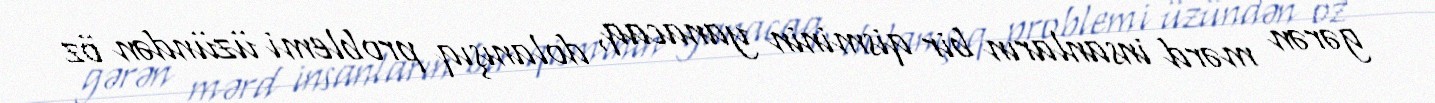
gərən mərd insanların bir qisminin yanacaq, dolanışıq problemi üzündən öz